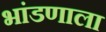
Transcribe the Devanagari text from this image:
भांडणाला